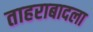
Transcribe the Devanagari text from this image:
ताहराबादला